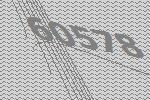
60578